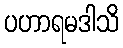
ပဟာရမဒါသိ